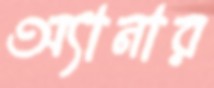
অ্যানার